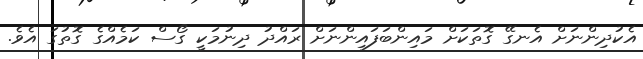
އެކުދިންނަށް އެނގޭ ގޮތަކަށް މައިންބަފައިންނަށް ރައްދު ދިނުމަކީ ގޯސް ކަމެއްގެ ގޮތުގަ އެވެ.